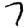
Digit: 7